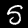
Label: 5